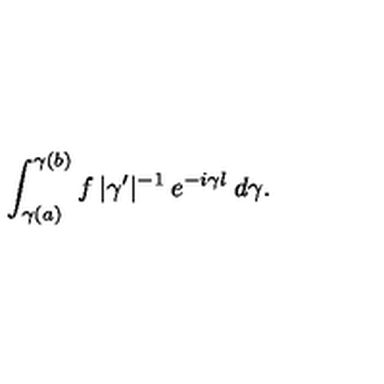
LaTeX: \int _ { \gamma ( a ) } ^ { \gamma ( b ) } f \: | \gamma ^ { \prime } | ^ { - 1 } \: e ^ { - i \gamma l } \: d \gamma .